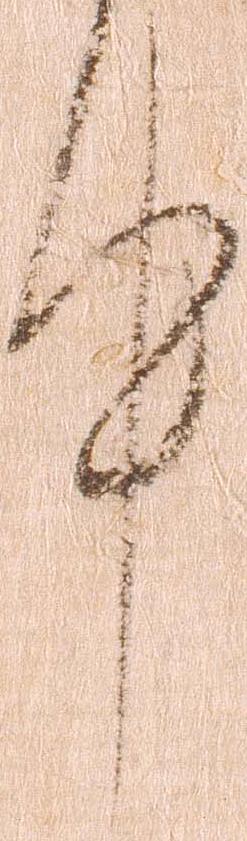
件